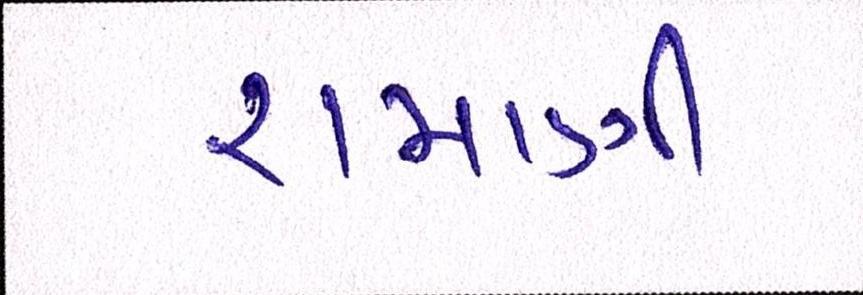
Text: રામાણી